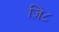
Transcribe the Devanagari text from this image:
ज़ि८